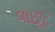
વાછૂટ